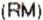
(RM)